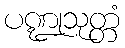
ပဏ္ဍုသုတ္တံ